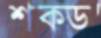
শক্ড